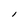
Character: l